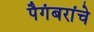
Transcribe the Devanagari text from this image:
पैगंबरांचे